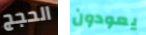
الحجج يعودون